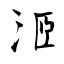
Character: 洍